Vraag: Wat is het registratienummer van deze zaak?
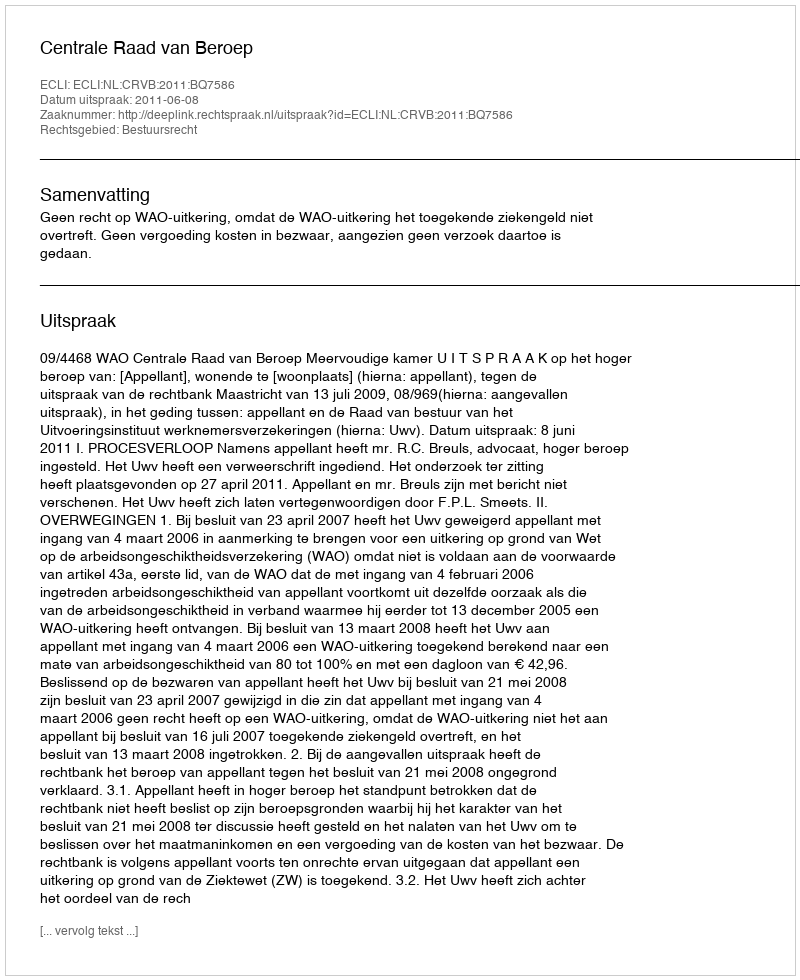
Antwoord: http://deeplink.rechtspraak.nl/uitspraak?id=ECLI:NL:CRVB:2011:BQ7586